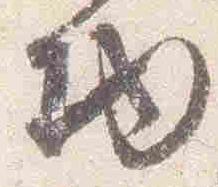
物